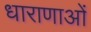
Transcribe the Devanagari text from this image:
धाराणाओं